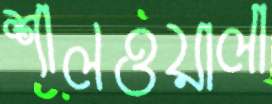
শালওয়ালা